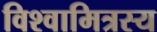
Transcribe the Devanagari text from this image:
विश्वामित्रस्य